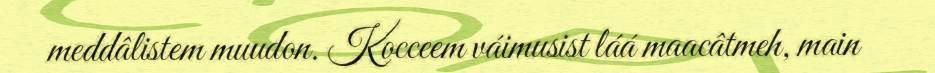
meddâlistem muudon. Kocceem váimusist láá maacâtmeh, main